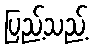
ပြည့်သည့်